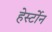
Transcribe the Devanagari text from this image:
हेर्स्टोन